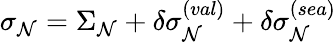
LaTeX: \sigma_{\mathcal{N}}=\Sigma_{\mathcal{N}}+\delta\sigma_{\mathcal{N}}^{(val)}+\delta\sigma_{\mathcal{N}}^{(sea)}